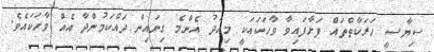
ސިޔާސީ ހަރަކާތްތައް ފަށާފައިވާ ވާހަކައަކީ މިއަދު އެންމެ ގިނައިން ދައްކަމުންދާ އެއް ވާހަކައެވެ.